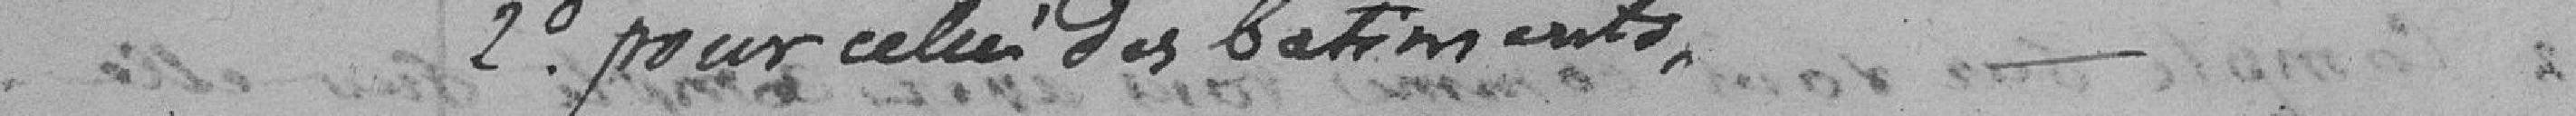
2° Pour celui des bâtiments